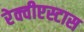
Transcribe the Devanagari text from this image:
रेक्वीएस्टास